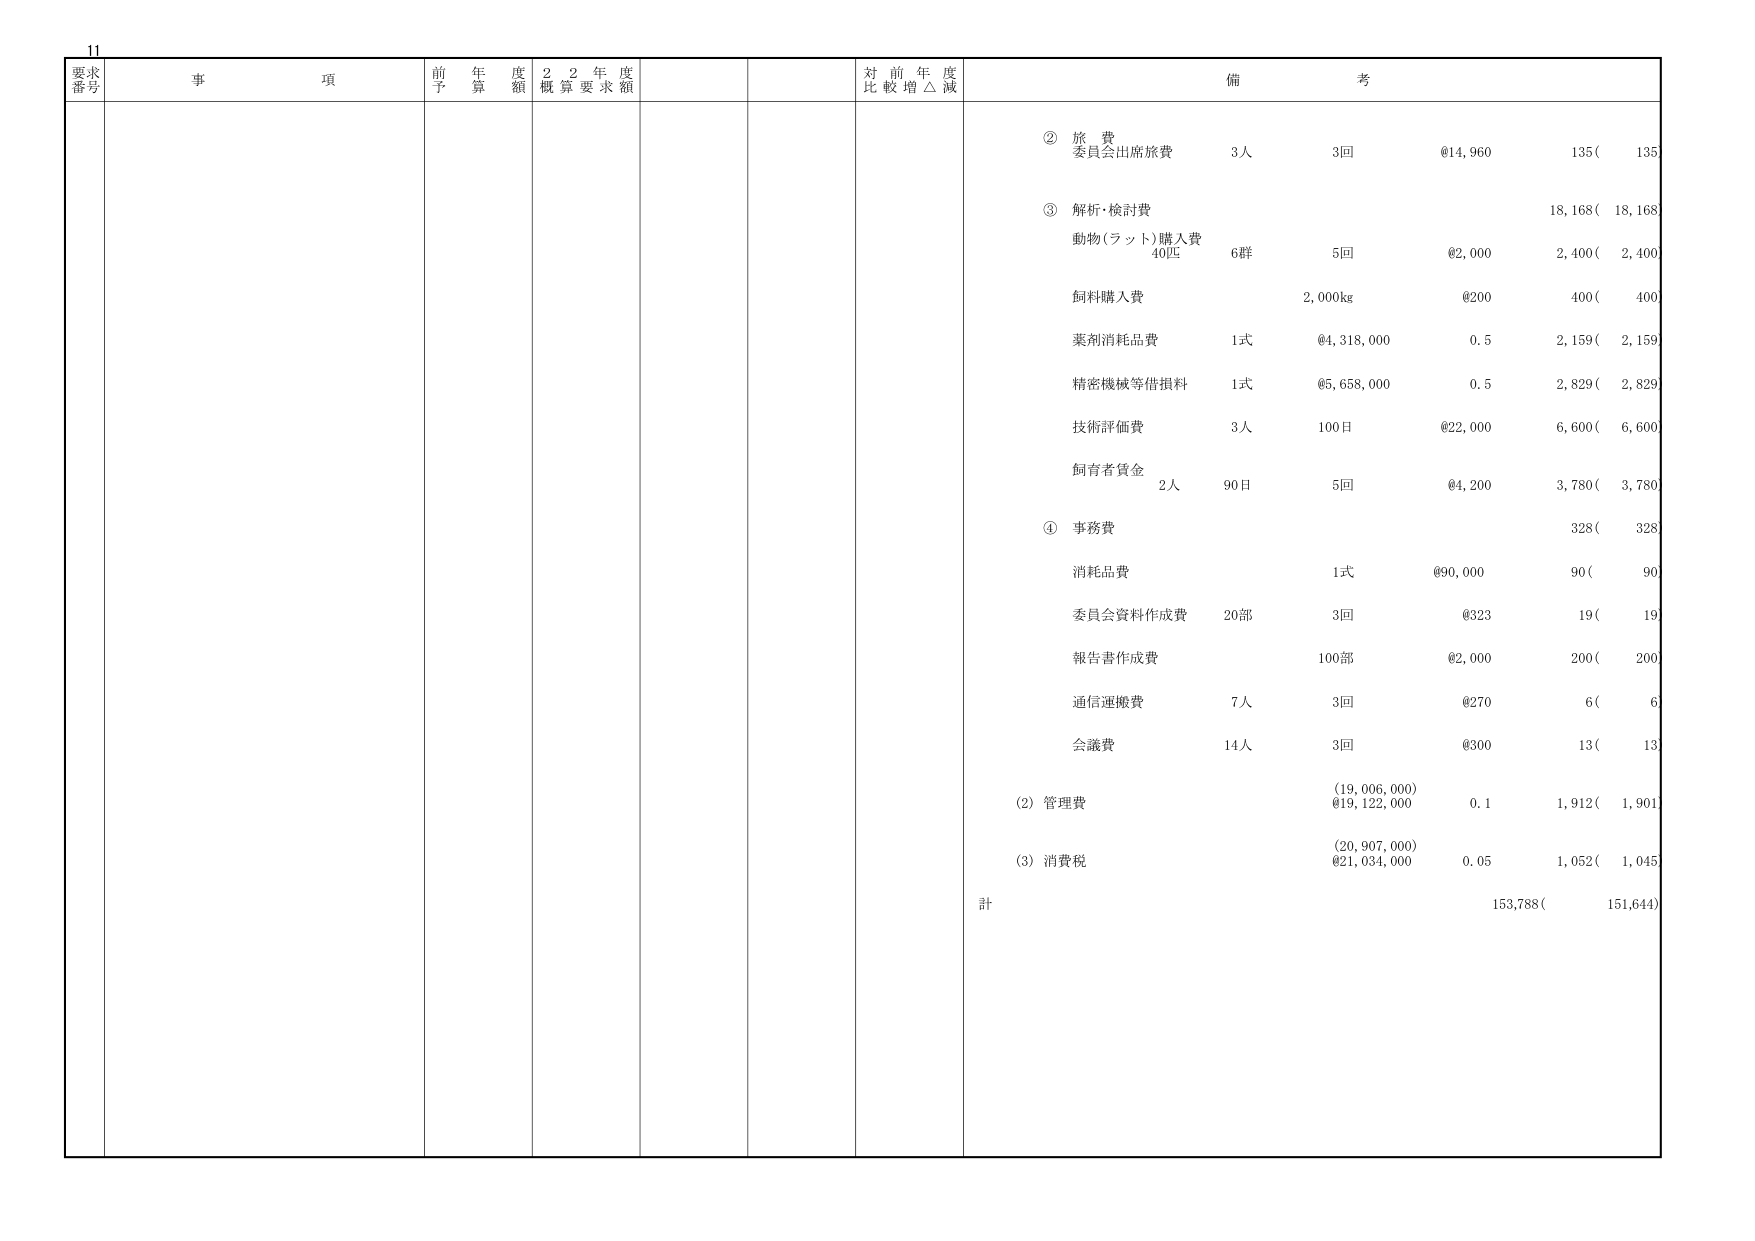
11
要求
番号
事 項
前 年 度
予 算 額
2 2 年 度
概 算 要 求 額
対 前 年 度
比 較 増 △ 減
備 考
② 旅 費
委員会出席旅費
3人
3回
@14,960
135(
135
③ 解析・検討費
18,168(
18,168
動物（ラット）購入費
40匹
6群
5回
@2,000
2,400(
2,400
飼料購入費
2,000kg
@200
400(
400
薬剤消耗品費
1式
@4,318,000
0.5
2,159(
2,159
精密機械等借損料
1式
@5,658,000
0.5
2,829(
2,829
技術評価費
3人
100日
@22,000
6,600(
6,600
飼育者賃金
2人
90日
5回
@4,200
3,780(
3,780
④ 事務費
328(
328
消耗品費
1式
@90,000
90(
90
委員会資料作成費
20部
3回
@323
19(
19
報告書作成費
100部
@2,000
200(
200
通信運搬費
7人
3回
@270
6(
6
会議費
14人
3回
@300
13(
13
(19,006,000)
(2) 管理費
@19,122,000
0.1
1,912(
1,901
(20,907,000)
(3) 消費税
@21,034,000
0.05
1,052(
1,045
計
153,788(
151,644)